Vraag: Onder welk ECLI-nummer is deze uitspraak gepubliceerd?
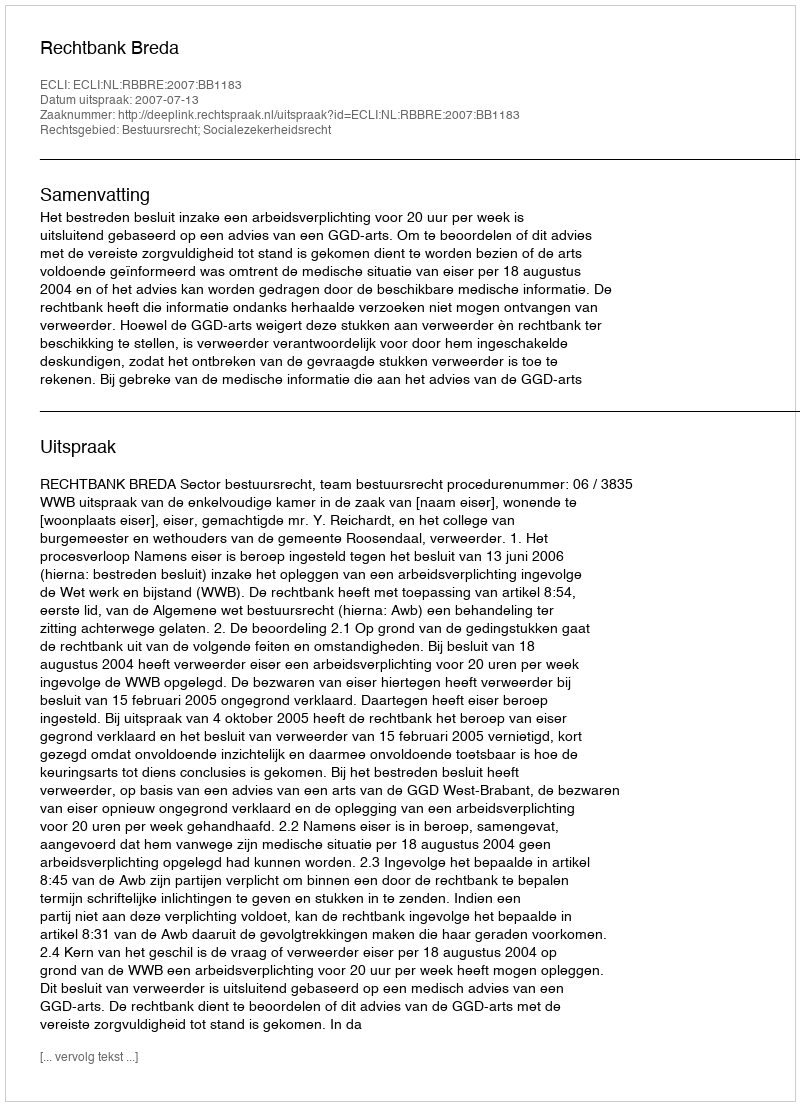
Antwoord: ECLI:NL:RBBRE:2007:BB1183